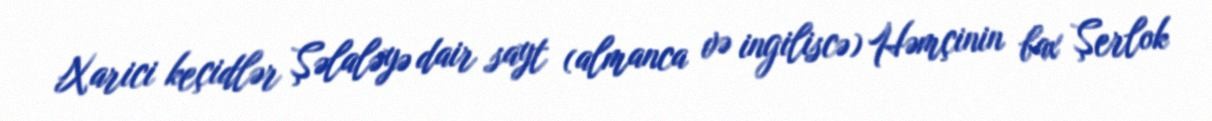
Xarici keçidlər Şəlaləyə dair sayt (almanca və ingiliscə) Həmçinin bax Şerlok